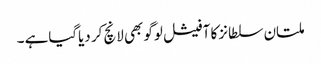
ملتان سلطانز کا آفیشل لوگو بھی لانچ کر دیاگیاہے ۔